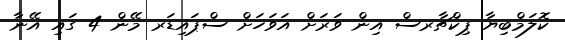
ކޮލަމްބިޔާ ޕިކްޗާރސް އިން ވަރަށް އަވަހަށް ސްޕައިޑަރ މޭން 4 ގައި އޭނާ